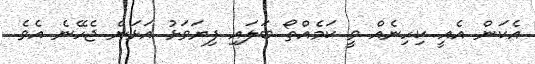
އެކަން އެއީ ކިހިނެއް ވީ ކަމެއްތޯ ބަލައި ފިޔަވަޅު އަޅަން ޖެހޭނެ އެވެ.